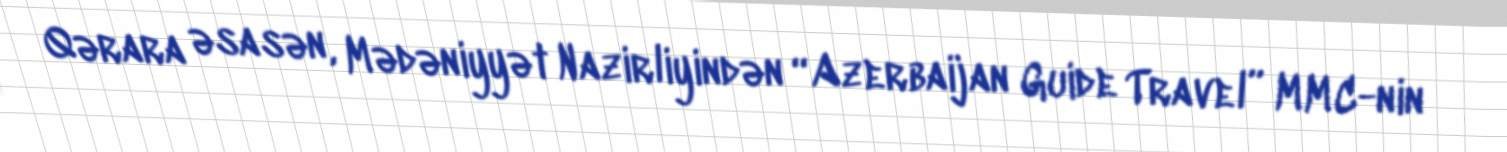
Qərara əsasən, Mədəniyyət Nazirliyindən “Azerbaijan Guide Travel” MMC-nin